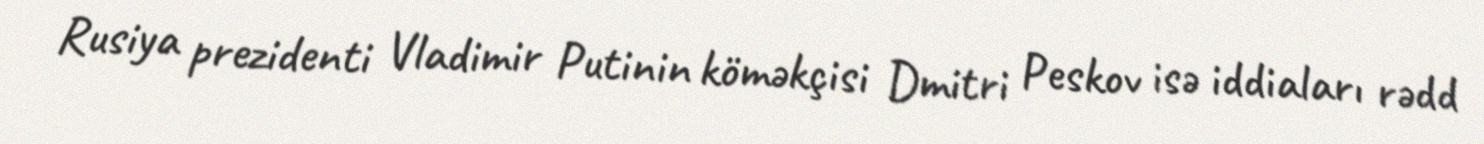
Rusiya prezidenti Vladimir Putinin köməkçisi Dmitri Peskov isə iddiaları rədd